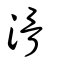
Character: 滑